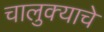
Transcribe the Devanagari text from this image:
चालुक्याचे